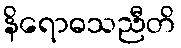
နိရောဓသညီတိ